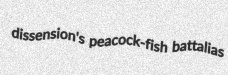
dissension's peacock-fish battalias